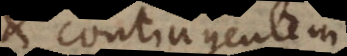
et contingentem